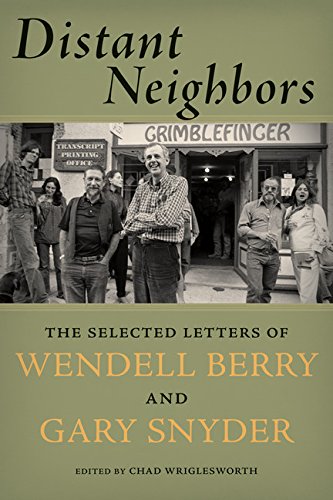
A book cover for Distant Neighbors: The Selected Letters of Wendell Berry and Gary Snyder; Gary Snyder; Literature & Fiction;